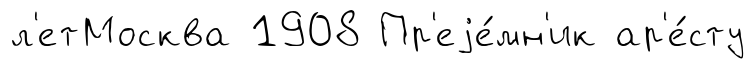
л'етМосква 1908 Пр'еjе́мн'ик ар'е́сту